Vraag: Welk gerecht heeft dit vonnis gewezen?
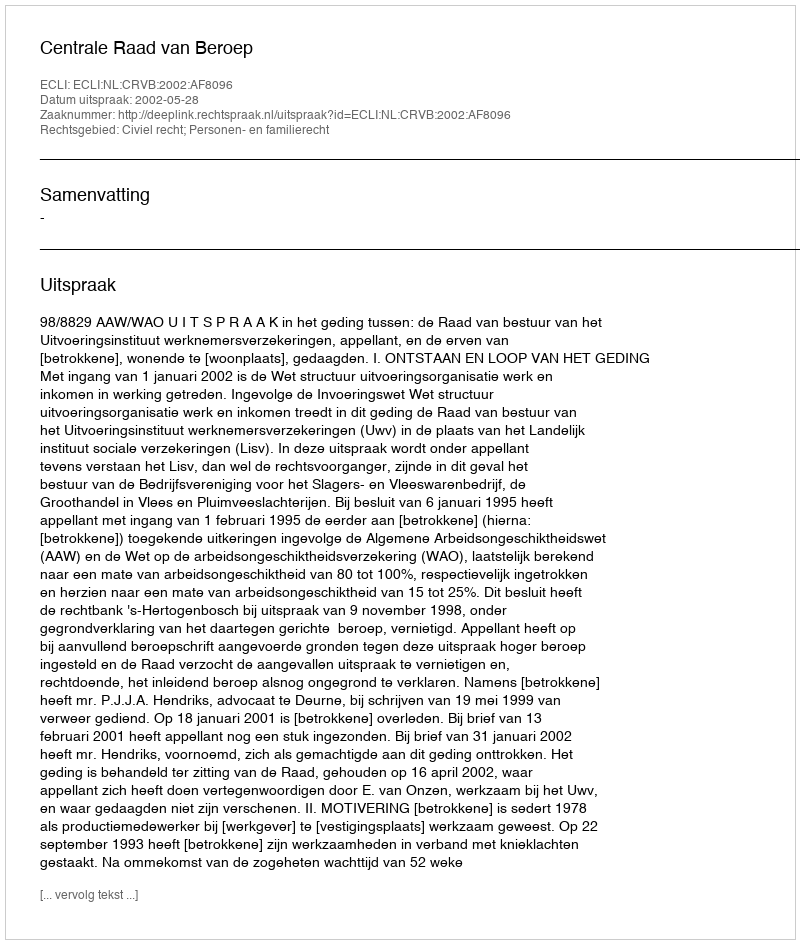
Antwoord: Centrale Raad van Beroep